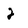
Character: 2